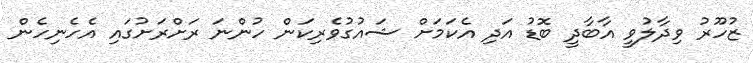
ޒުހޫރު ވިދާލުވީ އާބާދީ ބޮޑު އަދި އެކަމަށް ޝައުގުވެރިކަން ހުންނަ ރަށްރަށުގައި އެހެނިހެން